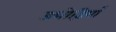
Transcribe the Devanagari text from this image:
ड्योढ़ियाँ